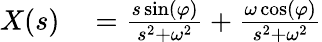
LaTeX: \begin{array}{rl}{X(s)}&{{}={\frac{s\sin(\varphi)}{s^{2}+\omega^{2}}}+{\frac{\omega\cos(\varphi)}{s^{2}+\omega^{2}}}}\end{array}